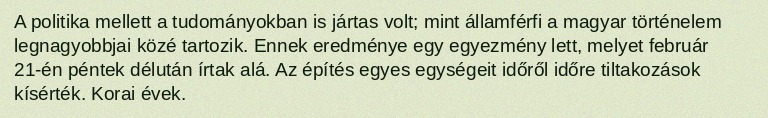
A politika mellett a tudományokban is jártas volt; mint államférfi a magyar történelem legnagyobbjai közé tartozik. Ennek eredménye egy egyezmény lett, melyet február 21-én péntek délután írtak alá. Az építés egyes egységeit időről időre tiltakozások kísérték. Korai évek.